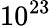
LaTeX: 10^{23}